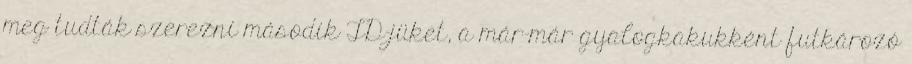
meg tudták szerezni második TD-jüket, a már-már gyalogkakukként futkározó